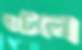
হুটেলে